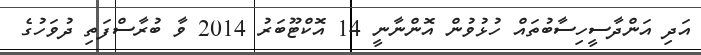
އަދި އަންދާސީހިސާބުތައް ހުޅުވުން އޮންނާނީ 14 އޮކްޓޫބަރު 2014 ވާ ބުރާސްފަތި ދުވަހުގެ